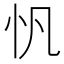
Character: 忛